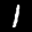
Label: 1